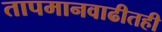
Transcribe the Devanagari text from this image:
तापमानवाढीतही